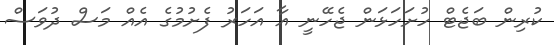
ކުރިން ބަޖެޓް ހުށަހަޅަން ޖެހޭނީ އާ އަހަރު ފެށުމުގެ އެއް މަސް ދުވަސް